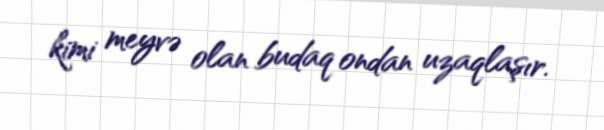
kimi meyvə olan budaq ondan uzaqlaşır.